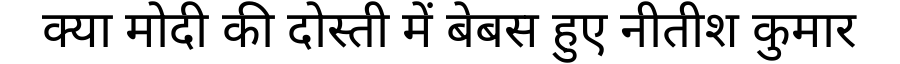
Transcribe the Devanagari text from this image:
क्या मोदी की दोस्ती में बेबस हुए नीतीश कुमार